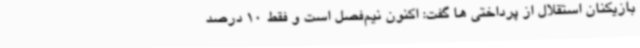
بازیکنان استقلال از پرداختی ها گفت: اکنون نیم‌فصل است و فقط 10 درصد